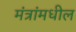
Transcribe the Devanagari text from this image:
मंत्रांमधील